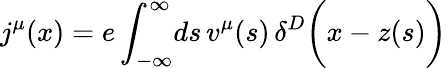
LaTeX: j^{\mu}(x)=e\int_{-\infty}^{\infty}\! ds\, v^{\mu}(s)\, \delta^{D}\biggl(x-z(s)\biggr)